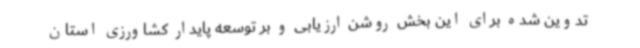
تدوین شده برای این بخش روشن ارزیابی و بر توسعه پایدار کشاورزی استان